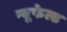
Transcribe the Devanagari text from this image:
न्यूफेल्ड